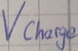
Text: Vcharge